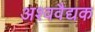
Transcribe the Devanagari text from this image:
अश्ववैद्यक